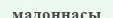
мадоннасы